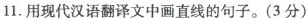
11.用现代汉语翻译文中画直线的句子。(3分)